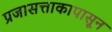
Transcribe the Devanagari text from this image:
प्रजासत्ताकापासून